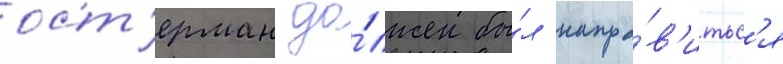
ост'ерман до́лжен бы́л напра́в'итьс'я